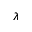
\lambda